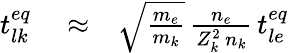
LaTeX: \begin{array}{rlr}{t_{lk}^{eq}}&{{}\approx}&{\sqrt{\frac{m_{e}}{m_{k}}}\, \frac{n_{e}}{Z_{k}^{2}\, n_{k}}\, t_{le}^{eq}}\end{array}